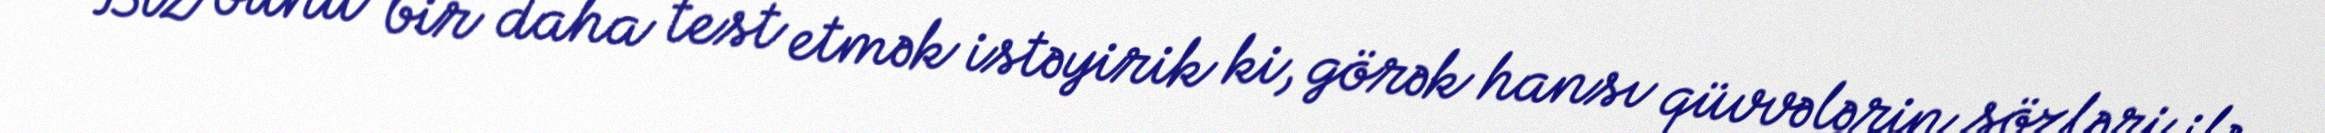
Biz bunu bir daha test etmək istəyirik ki, görək hansı qüvvələrin sözləri ilə